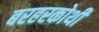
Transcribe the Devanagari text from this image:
बरहरकोथी